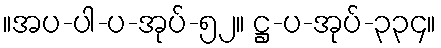
။အပ-ပါ-ပ-အုပ်-၅၂။ ဋ္ဌ-ပ-အုပ်-၃၃၄။